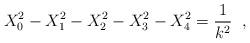
LaTeX: \begin{align*}X_0^2-X_1^2-X_2^2-X_3^2-X_4^2=\frac{1}{k^2}\;\;,\end{align*}